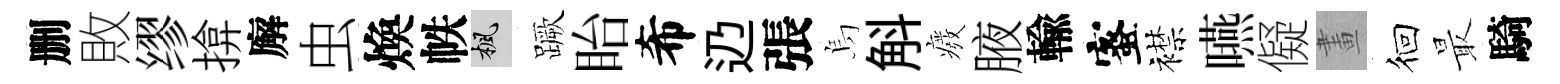
删敗缪揜廨虫煥帙楓蹶眙希辸張烏斛癈腋輸蜜襟嚥儗畫徊最騎